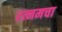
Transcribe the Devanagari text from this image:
रत्नमचा